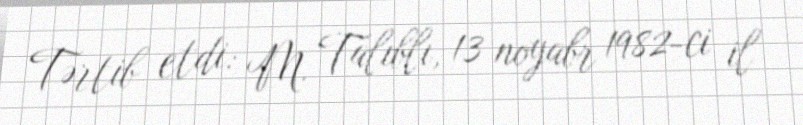
Tərtib etdi: M. Talıblı, 13 noyabr 1982-ci il